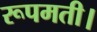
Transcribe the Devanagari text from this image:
रूपमती।